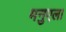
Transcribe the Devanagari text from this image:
मनुएला